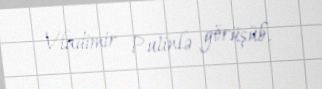
Vladimir Putinlə görüşüb.